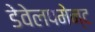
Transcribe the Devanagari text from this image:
डेवेलपमेन्ट